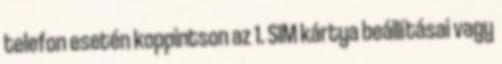
telefon esetén koppintson az 1. SIM kártya beállításai vagy